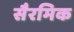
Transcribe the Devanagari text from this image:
सैरमिक